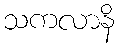
သကလာနိ